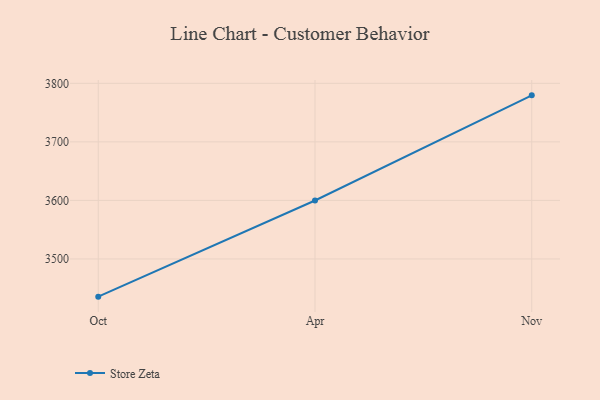
{"axis": {"x": "Month", "y": "Page Views"}, "legend": ["Store Zeta"], "data": [{"x": "Oct", "y": 3435.6, "type": "Store Zeta"}, {"x": "Apr", "y": 3599.9, "type": "Store Zeta"}, {"x": "Nov", "y": 3779.5, "type": "Store Zeta"}]}